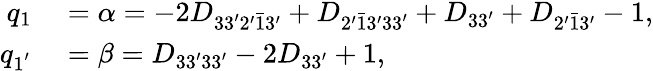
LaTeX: \begin{array}{rl}{q_{1}}&{{}=\alpha=-2{D_{33^{\prime}2^{\prime}\bar{1}3^{\prime}}}+{D_{2^{\prime}\bar{1}3^{\prime}33^{\prime}}}+{D_{33^{\prime}}}+{D_{2^{\prime}\bar{1}3^{\prime}}}-1,}\\ {q_{1^{'}}}&{{}=\beta={D_{33^{\prime}33^{\prime}}}-2{D_{33^{\prime}}}+1,}\end{array}